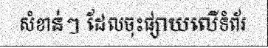
សំខាន់ៗ ដែលចុះផ្សាយលើទំព័រ